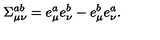
\Sigma _ { \mu \nu } ^ { a b } = e _ { \mu } ^ { a } e _ { \nu } ^ { b } - e _ { \mu } ^ { b } e _ { \nu } ^ { a } .